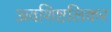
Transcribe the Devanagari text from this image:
अवशिष्टलिकर